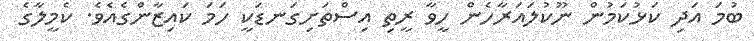
ބުމަ އަދި ކަޅުކަމުން ނޫކުލައަރާހެން ހީވާ ރީތި އިސްތަށިގަނޑަކީ ހަމަ ކައިޒާންގެއެވެ. ކެމީލާގެ